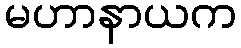
မဟာနာယက